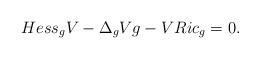
LaTeX: \begin{align*} Hess_{g} V - \Delta_g V g - VRic_{g} = 0.\end{align*}